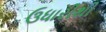
ઉધારીથી